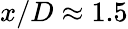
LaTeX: x/D\approx 1.5